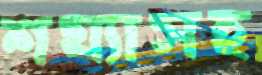
শয্যাসহ